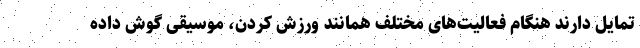
تمایل دارند هنگام فعالیت‌های مختلف همانند ورزش کردن، موسیقی گوش داده